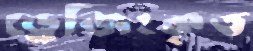
ড্রেজিংকৃত